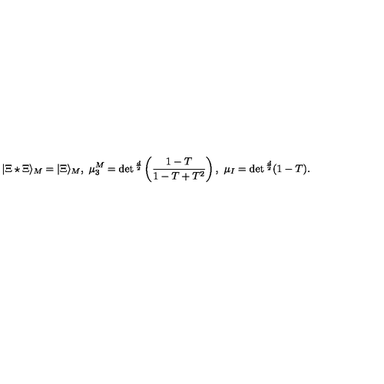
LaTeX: | \Xi \star \Xi \rangle _ { M } = | \Xi \rangle _ { M } , \ \mu _ { 3 } ^ { M } = \det { } ^ { \frac { d } { 2 } } \left( { \frac { 1 - T } { 1 - T + T ^ { 2 } } } \right) , \ \mu _ { I } = \det { } ^ { \frac { d } { 2 } } ( 1 - T ) .